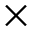
\times